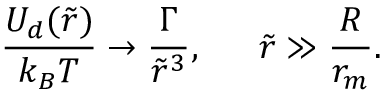
\frac { U _ { d } ( \tilde { r } ) } { k _ { B } T } \rightarrow \frac { \Gamma } { \tilde { r } ^ { 3 } } , \quad \; \; \tilde { r } \gg \frac { R } { r _ { m } } .